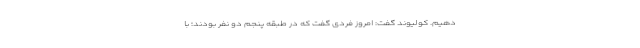
دهیم. کولیوند گفت: امروز فردی گفت که در طبقه پنجم دو نفر بودند؛ با